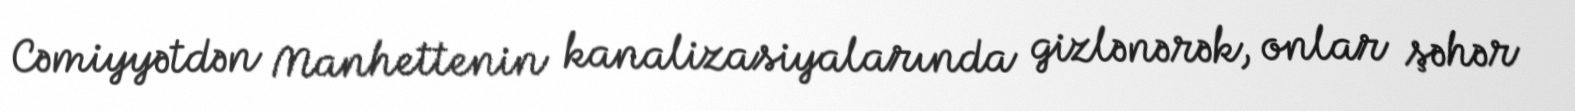
Cəmiyyətdən Manhettenin kanalizasiyalarında gizlənərək, onlar şəhər